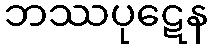
ဘဿပုဋေန